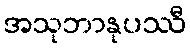
အသုဘာနုပဿီ